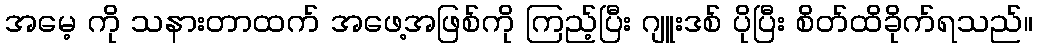
အမေ့ ကို သနားတာထက် အဖေ့အဖြစ်ကို ကြည့်ပြီး ဂျူးဒစ် ပိုပြီး စိတ်ထိခိုက်ရသည်။